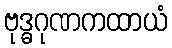
ဗုဒ္ဓဂုဏကထာယံ